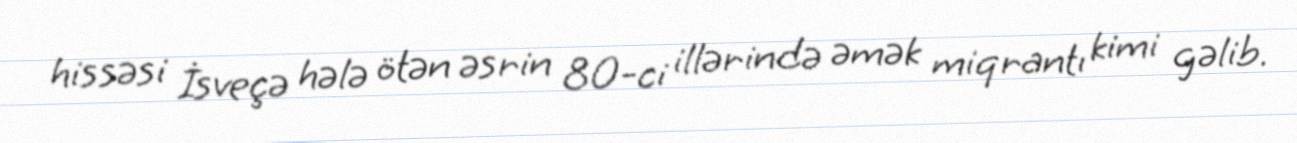
hissəsi İsveçə hələ ötən əsrin 80-ci illərində əmək miqrantı kimi gəlib.